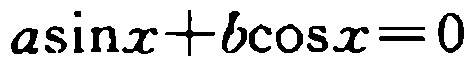
\(a\sin x + b\cos x = 0\)